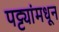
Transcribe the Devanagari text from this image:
पट्ट्यांमधून